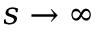
s \to \infty